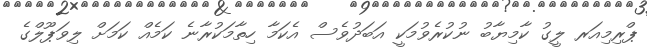
ޕްރިމިއަރ ލީގު ކާމިޔާބު ނުކުރެވުމަކީ އަބަދުވެސް އެކަމާ ހިތާމަކުރާނެ ކަމެއް ކަމަށް ލިވަޕޫލްގެ